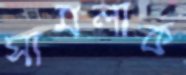
সামলাক